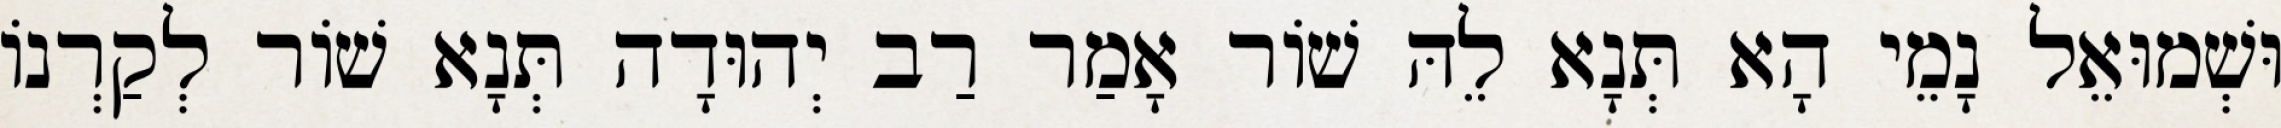
וּשְׁמוּאֵל נָמֵי הָא תְּנָא לֵהּ שׁוֹר אָמַר רַב יְהוּדָה תְּנָא שׁוֹר לְקַרְנוֹ